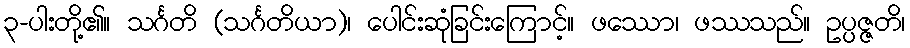
၃-ပါးတို့၏။ သင်္ဂတိ (သင်္ဂတိယာ)၊ ပေါင်းဆုံခြင်းကြောင့်။ ဖဿော၊ ဖဿသည်။ ဥပ္ပဇ္ဇတိ၊